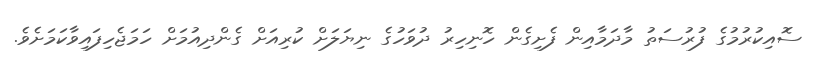
ސޮއިކުރުމުގެ ފުރުސަތު މާދަމާއިން ފެށިގެން ހޮނިހިރު ދުވަހުގެ ނިޔަލަށް ކުރިއަށް ގެންދިއުމަށް ހަމަޖެހިފައިވާކަމަށެވެ.